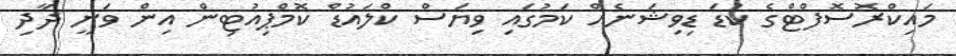
މައިކްރޮސޮފްޓްގެ ކުޑަ ޑިވިޝަނެއް ކަމުގައި ވިޔަސް ކްލައުޑް ކޮމްޕިއުޓިން އިން ވަނީ ދާދި